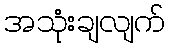
အသုံးချလျက်